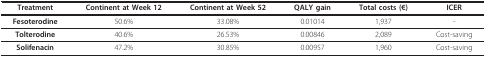
<table><thead><tr><td><b>Treatment</b></td><td><b>Continent at Week 12</b></td><td><b>Continent at Week 52</b></td><td><b>QALY gain</b></td><td><b>Total costs (€)</b></td><td><b>ICER</b></td></tr></thead><tbody><tr><td><b>Fesoterodine</b></td><td>50.6%</td><td>33.08%</td><td>0.01014</td><td>1,937</td><td>-</td></tr><tr><td><b>Tolterodine</b></td><td>40.6%</td><td>26.53%</td><td>0.00846</td><td>2,089</td><td>Cost-saving</td></tr><tr><td><b>Solifenacin</b></td><td>47.2%</td><td>30.85%</td><td>0.00957</td><td>1,960</td><td>Cost-saving</td></tr></tbody></table>